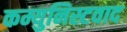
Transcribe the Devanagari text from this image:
कम्युनिस्टवाद